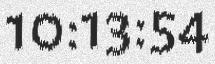
10:13:54